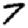
Digit: 7